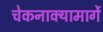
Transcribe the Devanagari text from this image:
चेकनाक्यामार्गे